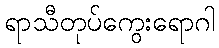
ရာသီတုပ်ကွေးရောဂါ